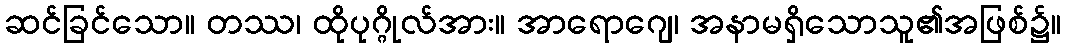
ဆင်ခြင်သော။ တဿ၊ ထိုပုဂ္ဂိုလ်အား။ အာရောဂျေ၊ အနာမရှိသောသူ၏အဖြစ်၌။